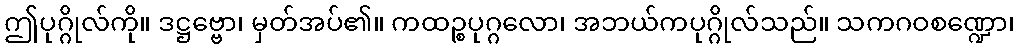
ဤပုဂ္ဂိုလ်ကို။ ဒဋ္ဌဗ္ဗော၊ မှတ်အပ်၏။ ကထဉ္စပုဂ္ဂလော၊ အဘယ်ကပုဂ္ဂိုလ်သည်။ သကဂဝစဏ္ဍော၊